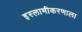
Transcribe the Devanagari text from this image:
इस्लामीकरणाला